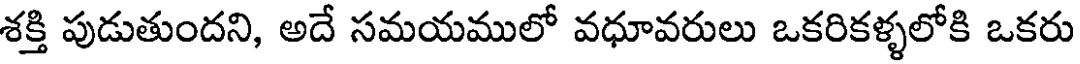
శక్తి పుడుతుందని, అదే సమయములో వధూవరులు ఒకరికళ్ళలోకి ఒకరు